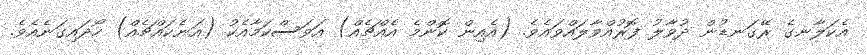
އެކަލާނގެ ރޭގަނޑުން ދުވާލު ފޮރުއްވާލައްވައެވެ. (އެއިން ކޮންމެ އެއްޗެއް) އަވަސްކަމާއެކު (އަނެކައްޗެއް) ހޯދައިގަނެއެވެ.